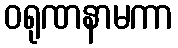
ဝရုဏနာမကာ